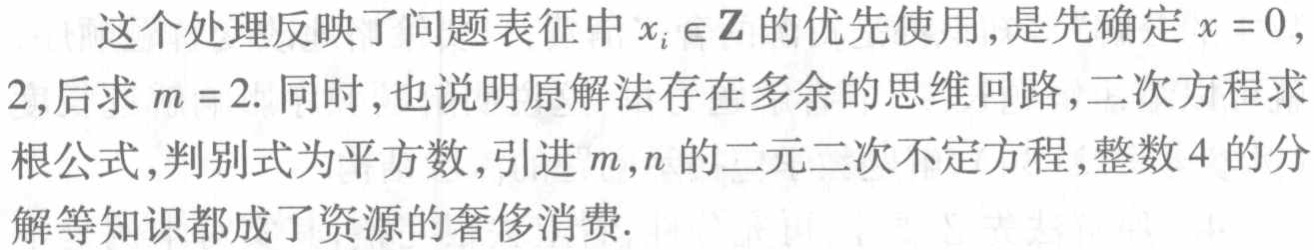
这个处理反映了问题表征中 \(x_{i} \in \mathbf{Z}\) 的优先使用,是先确定 \(x = 0\),
2,后求 \(m = 2\). 同时,也说明原解法存在多余的思维回路,二次方程求
根公式,判别式为平方数,引进 \(m,n\) 的二元二次不定方程,整数 \(4\) 的分
解等知识都成了资源的奢侈消费.